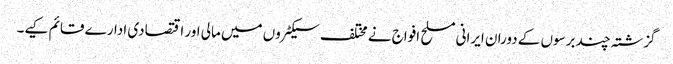
گزشتہ چند برسوں کے دوران ایرانی مسلح افواج نے مختلف سیکٹروں میں مالی اور اقتصادی ادارے قائم کیے۔